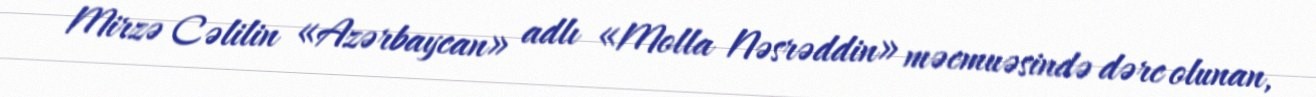
Mirzə Cəlilin «Azərbaycan» adlı «Molla Nəsrəddin» məcmuəsində dərc olunan,